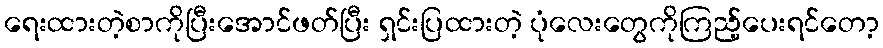
ရေးထားတဲ့စာကိုပြီးအောင်ဖတ်ပြီး ရှင်းပြထားတဲ့ ပုံလေးတွေကိုကြည့်ပေးရင်တော့